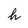
Character: h